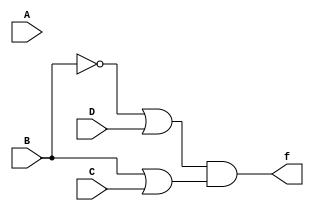
module q2a(A,B,C,D,f);
input A,B,C,D;
output f;
assign f=(~B|D)&(B|C);
endmodule